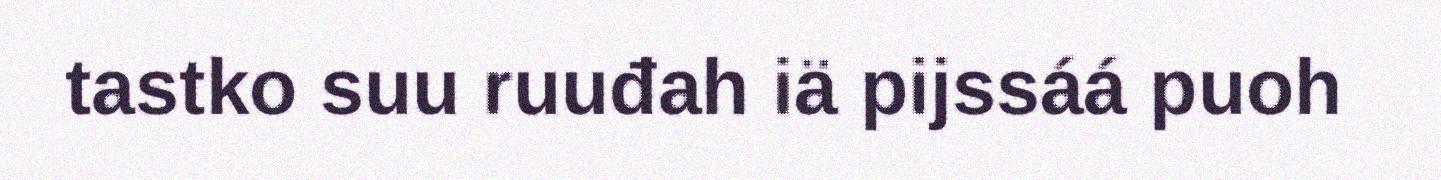
tastko suu ruuđah iä pijssáá puoh